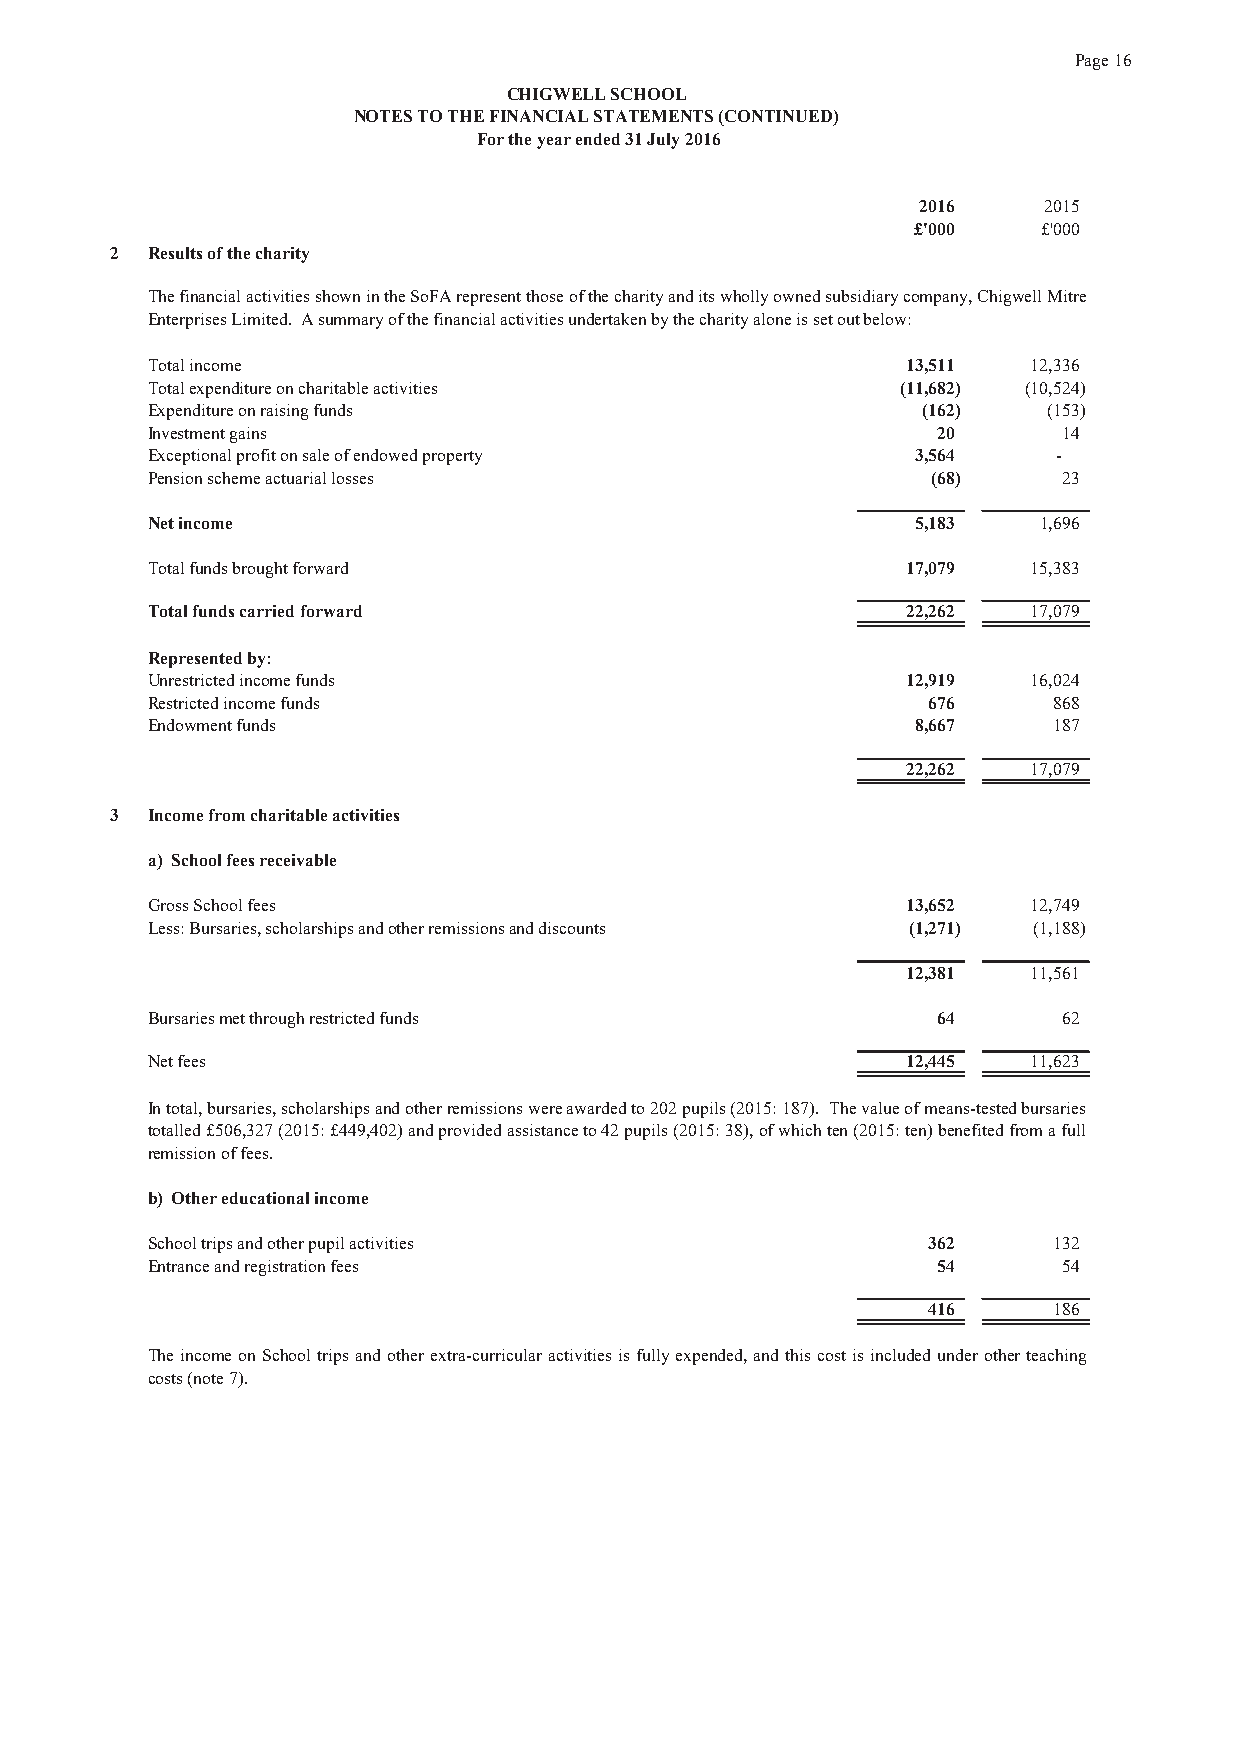
Page 16
 CHIGWELL SCHOOL
 NOTES TO THE FINANCIAL STATEMENTS (CONTINUED)
 For the year ended 31 July 2016
 2016    2 015
 £'000   £'000
 2  Results of the charity
 ThefinancialactivitiesshownintheSoFArepresentthoseofthecharityanditswhollyownedsubsidiarycompany,ChigwellMitre
 Enterprises Limited. A summary of the financial activities undertaken by the charity alone is set out below:
 Total income                                      13,511  12,336
 Total expenditure on charitable activities        (11,682) (10,524)
 Expenditure on raising funds                       (162)   (153)
 Investment gains                                    20      14
 Exceptional profit on sale of endowed property     3,564    -
 Pension scheme actuarial losses                     (68)    23
 Net income                                         5,183   1,696
 Total funds brought forward                       17,079  15,383
 Total funds carried forward                       22,262  17,079
 Represented by:
 Unrestricted income funds                         12,919  16,024
 Restricted income funds                            676      868
 Endowment funds                                    8,667    187
 22,262  17,079
 3  Income from charitable activities
 a) School fees receivable
 Gross School fees                                 13,652  12,749
 Less: Bursaries, scholarships and other remissions and discounts (1,271) (1,188)
 12,381  11,561
 Bursaries met through restricted funds              64      62
 Net fees                                          12,445  11,623
 Intotal,bursaries,scholarshipsandotherremissionswereawardedto202pupils(2015:187). Thevalueofmeans-testedbursaries
 totalled£506,327(2015:£449,402)andprovidedassistanceto42pupils(2015:38),ofwhichten(2015:ten)benefitedfromafull
 remission of fees.
 b) Other educational income
 School trips and other pupil activities            362      132
 Entrance and registration fees                      54      54
 416      186
 TheincomeonSchool trips andother extra-curricular activities is fullyexpended, andthis costis includedunder otherteaching
 costs (note 7).